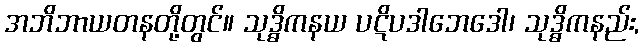
အဘိဘာယတနတို့တွင်။ သုဒ္ဓိကနယ ပဋိပဒါဘေဒေါ၊ သုဒ္ဓိကနည်း,